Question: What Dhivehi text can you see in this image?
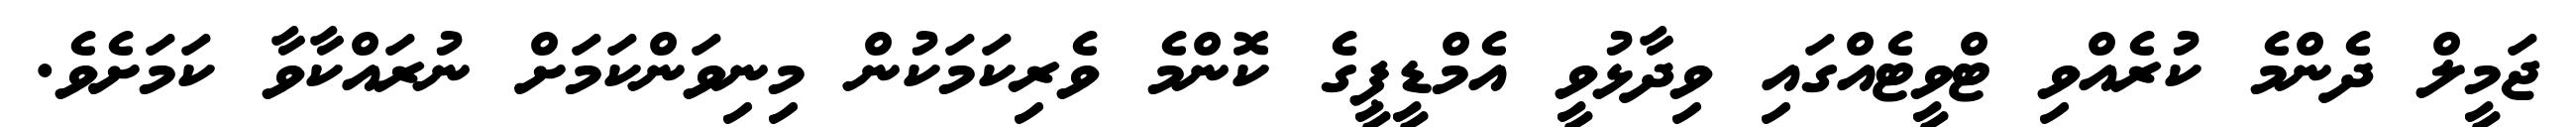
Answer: ޖަމީލް ދެންމެ ކުރެއްވި ޓްވީޓެއްގައި ވިދާޅުވީ އެމްޑީޕީގެ ކޮންމެ ވެރިކަމަކުން މިނިވަންކަމަށް ނުރައްކާވާ ކަމަށެވެ.